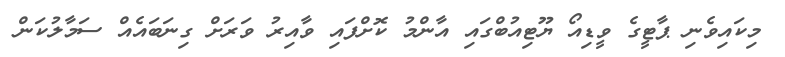
މިކައިވެނި ޕާޓީގެ ވީޑިއޯ ޔޫޓިއުބްގައި އާންމު ކޮށްފައި ވާއިރު ވަރަށް ގިނަބައެއް ސަމާލުކަން